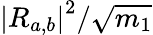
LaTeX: {\left|R_{a,b}\right|}^{2}/\sqrt{m_{1}}